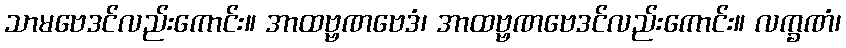
သာမဗေဒင်လည်းကောင်း။ အာထဗ္ဗဏဗေဒံ၊ အာထဗ္ဗဏဗေဒင်လည်းကောင်း။ လက္ခဏံ၊